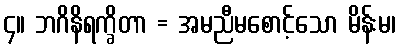
၄။ ဘဂိနိရက္ခိတာ = အမညီမစောင့်သော မိန်းမ၊